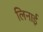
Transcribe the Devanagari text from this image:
लिनाई